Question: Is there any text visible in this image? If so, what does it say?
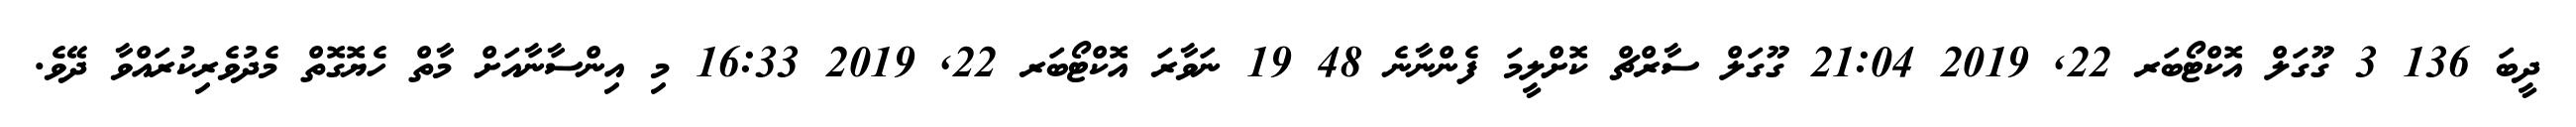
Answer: ދީބަ 136 3 ގޫގަލް އޮކްޓޯބަރ 22, 2019 21:04 ގޫގަލް ސާރްޗް ކޮށްލީމަ ފެންނާނެ 48 19 ނަވާރަ އޮކްޓޯބަރ 22, 2019 16:33 މި އިންސާނާއަށް މާތް ހެޔޮގޮތް މެދުވެރިކުރައްވާ ދޭވެ.